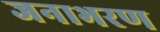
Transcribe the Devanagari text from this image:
जनाभरण